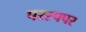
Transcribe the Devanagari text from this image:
परस्पपर